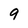
Character: 9